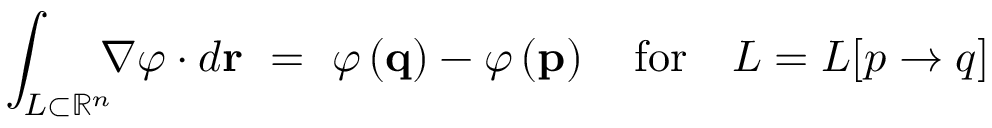
\int _ { L \subset \mathbb { R } ^ { n } } \! \! \! \nabla \varphi \cdot d \mathbf { r } \ = \ \varphi \left( \mathbf { q } \right) - \varphi \left( \mathbf { p } \right) \ \ { \mathrm { ~ f o r ~ } } \ \ L = L [ p \to q ]